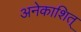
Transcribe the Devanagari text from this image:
अनेकाशित्‌